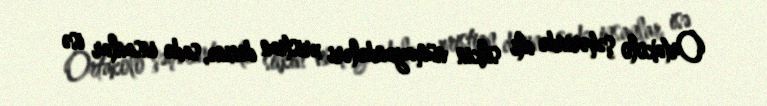
Ortakolo şəhərində ali silkin nümayəndələri xristian dininə, sadə insanlar isə